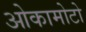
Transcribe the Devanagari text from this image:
ओकामोटो